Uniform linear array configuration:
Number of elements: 4
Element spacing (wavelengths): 0.5
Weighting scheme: hamming
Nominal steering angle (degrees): -30
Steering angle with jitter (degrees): -31.467
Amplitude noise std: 0.05
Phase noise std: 0.05

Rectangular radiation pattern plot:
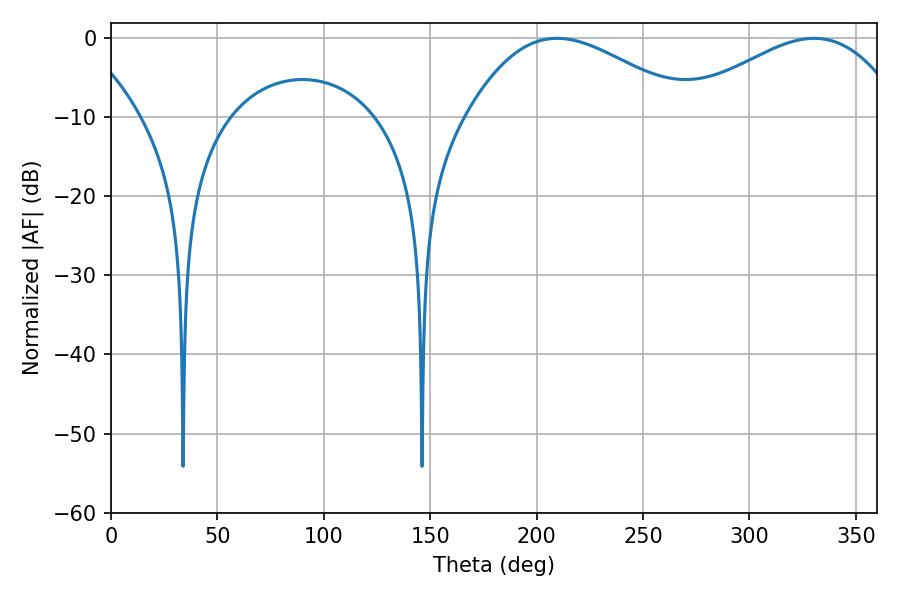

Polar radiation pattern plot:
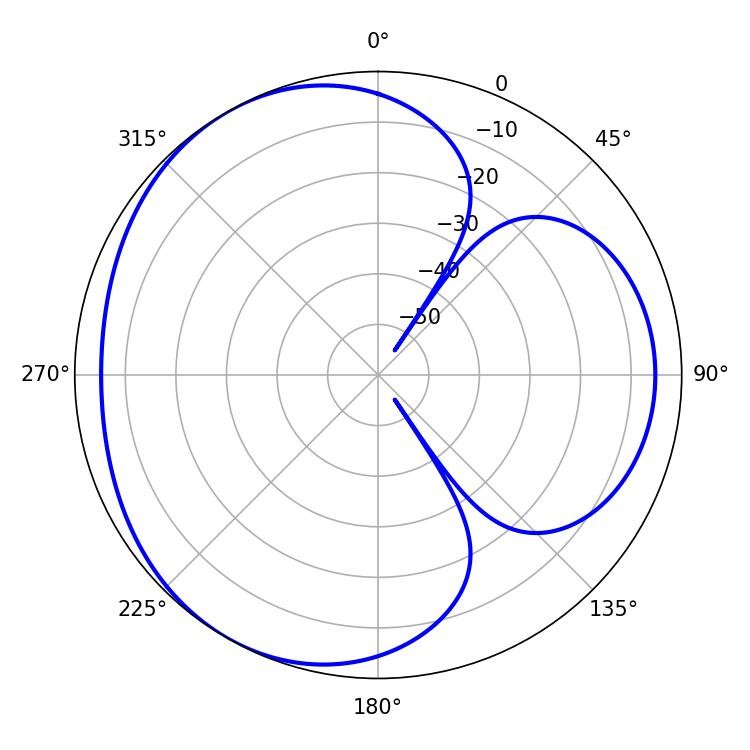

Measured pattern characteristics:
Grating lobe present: FALSE
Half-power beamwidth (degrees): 57.06
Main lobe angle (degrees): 209.52